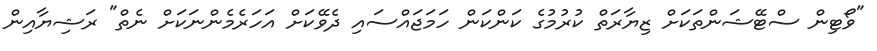
"ވޯޓިން ސްޓޭޝަންތަކަށް ޒިޔާރަތް ކުރުމުގެ ކަންކަން ހަމަޖައްސައި ދެވޭކަށް އަހަރެމެންނަކަށް ނެތް" ރަޝިޔާއިން